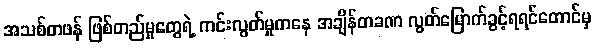
အသစ်တဖန် ဖြစ်တည်မှုတွေရဲ့ ကင်းလွတ်မှုကနေ အချိန်တခဏ လွတ်မြောက်ခွင့်ရရင်တောင်မှ